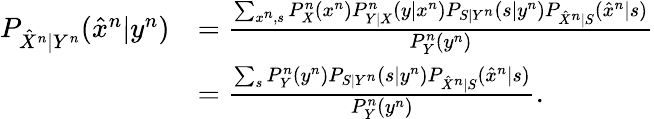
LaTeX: \begin{array}{rl}{P_{\hat{X}^{n}|Y^{n}}(\hat{x}^{n}|y^{n})}&{=\frac{\sum_{x^{n},s}P_{X}^{n}(x^{n})P_{Y|X}^{n}(y|x^{n})P_{S|Y^{n}}(s|y^{n})P_{\hat{X}^{n}|S}(\hat{x}^{n}|s)}{P_{Y}^{n}(y^{n})}}\\ &{=\frac{\sum_{s}P_{Y}^{n}(y^{n})P_{S|Y^{n}}(s|y^{n})P_{\hat{X}^{n}|S}(\hat{x}^{n}|s)}{P_{Y}^{n}(y^{n})}.}\end{array}